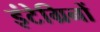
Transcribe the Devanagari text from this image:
इंटेग्रिनों